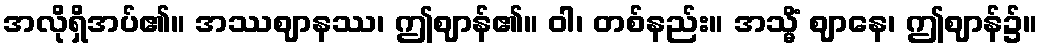
အလိုရှိအပ်၏။ အဿဈာနဿ၊ ဤဈာန်၏။ ဝါ၊ တစ်နည်း။ အသ္မိံ ဈာနေ၊ ဤဈာန်၌။